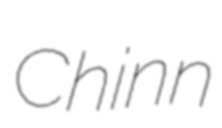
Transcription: Chinn